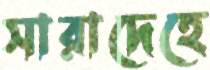
সারাদেহে